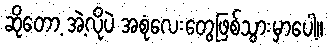
ဆိုတော့ အဲ့လိုပဲ အစုံလေးတွေဖြစ်သွားမှာပေါ့။